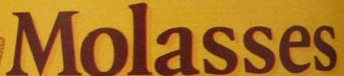
Molasses